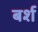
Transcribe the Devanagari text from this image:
बर्श